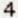
4